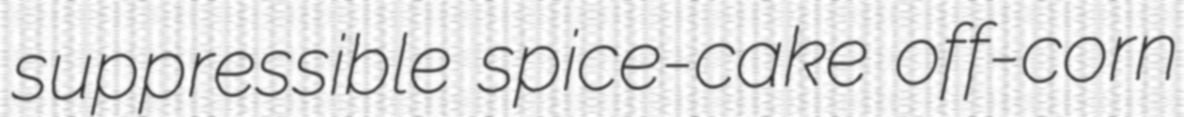
suppressible spice-cake off-corn